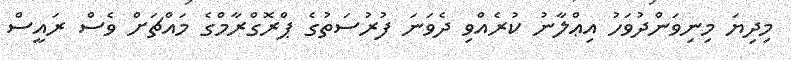
މިދިޔަ މިނިވަންދުވަހު އިޢްލާނު ކުރެއްވި ދެވަނަ ފުރުސަތުގެ ޕްރޮގްރާމްގެ މައްޗަށް ވެސް ރައީސް